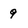
Character: 9